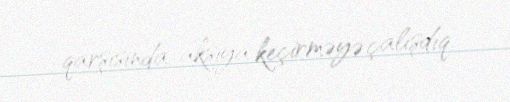
qarşısında aksiya keçirməyə çalışdıq.